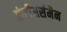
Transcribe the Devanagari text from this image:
फ्रंटीअर्समैन